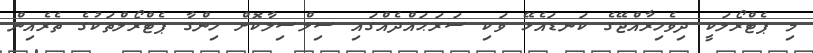
މި ޕެޓްރޯލަކީ ދިވެހިރާއްޖޭގެ ކަނޑައެޅޭ ވަކި ސަރަޙައްދެއްގައި ސިލްސިލާކޮށް ހިންގާ ޕެޓްރޯލްތަކުގެ ތެރެއިން